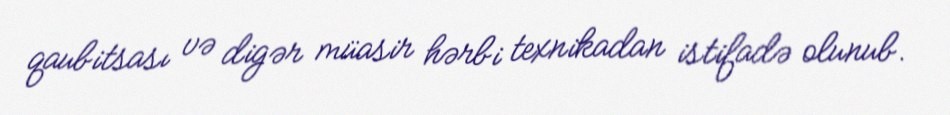
qaubitsası və digər müasir hərbi texnikadan istifadə olunub.